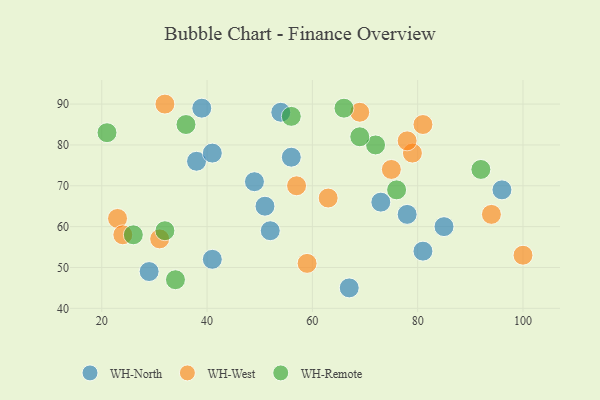
{"axis": {"x": "GDP", "y": "Life Expectancy"}, "legend": ["WH-North", "WH-Remote", "WH-West"], "data": [{"x": "29", "y": 49, "type": "WH-North"}, {"x": "56", "y": 77, "type": "WH-North"}, {"x": "39", "y": 89, "type": "WH-North"}, {"x": "96", "y": 69, "type": "WH-North"}, {"x": "51", "y": 65, "type": "WH-North"}, {"x": "85", "y": 60, "type": "WH-North"}, {"x": "38", "y": 76, "type": "WH-North"}, {"x": "67", "y": 45, "type": "WH-North"}, {"x": "78", "y": 63, "type": "WH-North"}, {"x": "52", "y": 59, "type": "WH-North"}, {"x": "73", "y": 66, "type": "WH-North"}, {"x": "81", "y": 54, "type": "WH-North"}, {"x": "54", "y": 88, "type": "WH-North"}, {"x": "41", "y": 78, "type": "WH-North"}, {"x": "49", "y": 71, "type": "WH-North"}, {"x": "41", "y": 52, "type": "WH-North"}, {"x": "57", "y": 70, "type": "WH-West"}, {"x": "23", "y": 62, "type": "WH-West"}, {"x": "24", "y": 58, "type": "WH-West"}, {"x": "79", "y": 78, "type": "WH-West"}, {"x": "69", "y": 88, "type": "WH-West"}, {"x": "32", "y": 90, "type": "WH-West"}, {"x": "81", "y": 85, "type": "WH-West"}, {"x": "94", "y": 63, "type": "WH-West"}, {"x": "100", "y": 53, "type": "WH-West"}, {"x": "59", "y": 51, "type": "WH-West"}, {"x": "63", "y": 67, "type": "WH-West"}, {"x": "75", "y": 74, "type": "WH-West"}, {"x": "78", "y": 81, "type": "WH-West"}, {"x": "31", "y": 57, "type": "WH-West"}, {"x": "34", "y": 47, "type": "WH-Remote"}, {"x": "21", "y": 83, "type": "WH-Remote"}, {"x": "32", "y": 59, "type": "WH-Remote"}, {"x": "26", "y": 58, "type": "WH-Remote"}, {"x": "92", "y": 74, "type": "WH-Remote"}, {"x": "76", "y": 69, "type": "WH-Remote"}, {"x": "36", "y": 85, "type": "WH-Remote"}, {"x": "72", "y": 80, "type": "WH-Remote"}, {"x": "66", "y": 89, "type": "WH-Remote"}, {"x": "56", "y": 87, "type": "WH-Remote"}, {"x": "69", "y": 82, "type": "WH-Remote"}]}